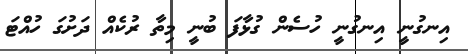
އިނގުނީ އިނގުނީ ހުސެން ގުޅާފަ ބުނީ މިތާ ރުކެއް ދަށުގަ ހުއްޓަ